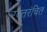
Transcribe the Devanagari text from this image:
रक्तरंचित